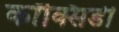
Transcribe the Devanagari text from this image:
कॉक्सिडी